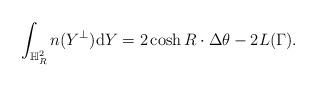
LaTeX: \begin{align*}\int_{\mathbb{H}^2_R}n(Y^\perp)\mathrm{d}Y=2\cosh R\cdot \Delta\theta-2L(\Gamma).\end{align*}